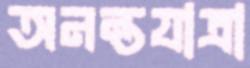
অনন্তযাত্রা